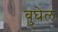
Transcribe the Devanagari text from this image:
बुघेल